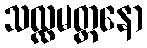
သလ္လမတ္တနော